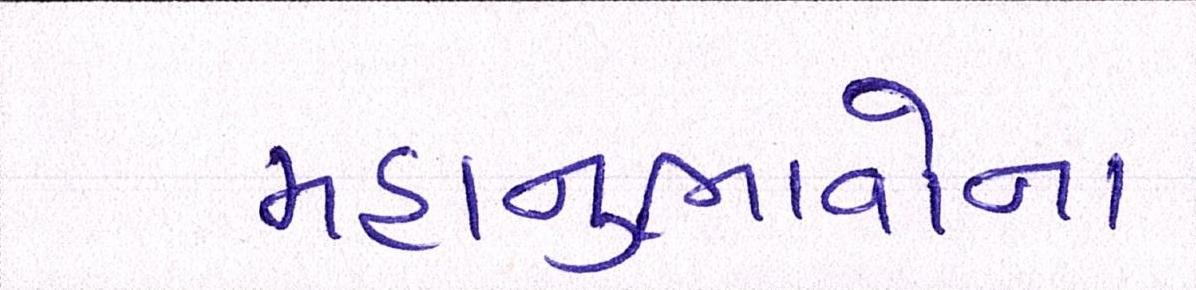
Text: મહાનુભાવોના